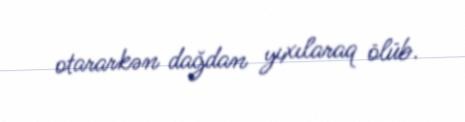
otararkən dağdan yıxılaraq ölüb.